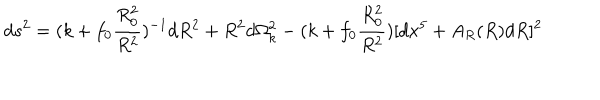
LaTeX: d s ^ { 2 } = ( k + f _ { 0 } \frac { R _ { 0 } ^ { 2 } } { R ^ { 2 } } ) ^ { - 1 } d R ^ { 2 } + R ^ { 2 } d \Omega _ { k } ^ { 2 } - ( k + f _ { 0 } \frac { R _ { 0 } ^ { 2 } } { R ^ { 2 } } ) [ d x ^ { 5 } + A _ { R } ( R ) d R ] ^ { 2 }